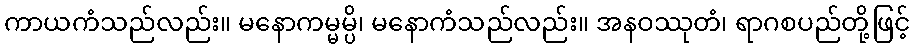
ကာယကံသည်လည်း။ မနောကမ္မမ္ပိ၊ မနောကံသည်လည်း။ အနဝဿုတံ၊ ရာဂစပည်တို့ဖြင့်